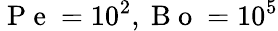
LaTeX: \mathrm{~P~e~}=10^{2},\mathrm{~B~o~}=10^{5}